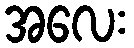
အလေး